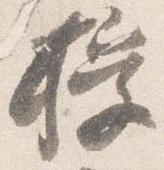
授